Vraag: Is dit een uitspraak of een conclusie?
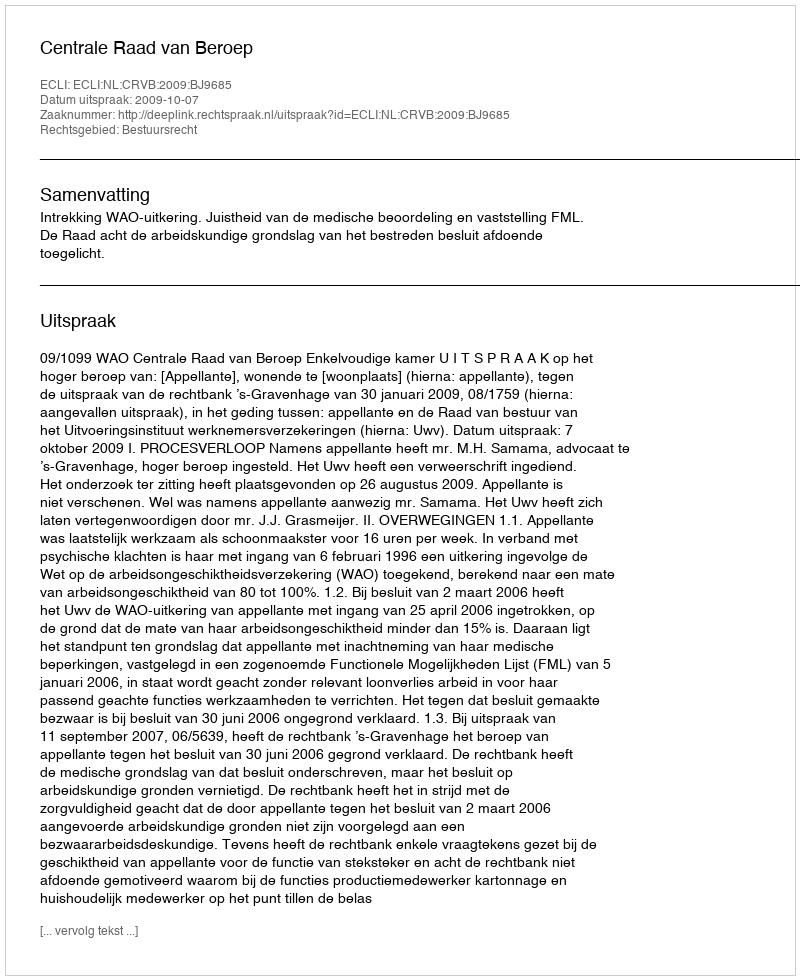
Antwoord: Uitspraak